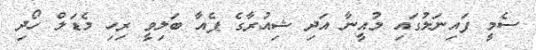
ސެމީ ފައިނަލުގައި މުއީނާ އަދި ޝިއުރާގެ ޕެއާ ބަލިވީ ރިހި މެޑަލް ހޯދި